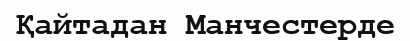
Қайтадан Манчестерде